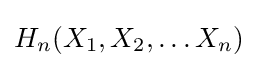
H_{n}(X_{1},X_{2},\dots X_{n})